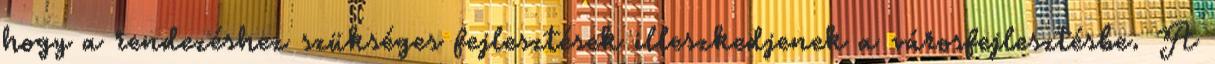
hogy a rendezéshez szükséges fejlesztések illeszkedjenek a városfejlesztésbe. A